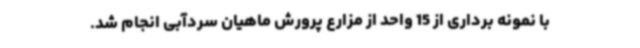
با نمونه برداری از 15 واحد از مزارع پرورش ماهیان سردآبی انجام شد.